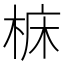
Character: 𪲝